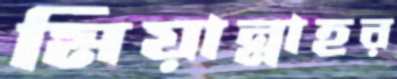
মিয়ান্নাহর